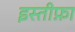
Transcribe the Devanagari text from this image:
इस्‍तीफ़ा